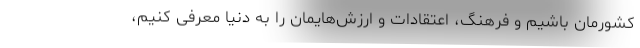
کشورمان باشیم و فرهنگ، اعتقادات و ارزش‌هایمان را به دنیا معرفی کنیم،